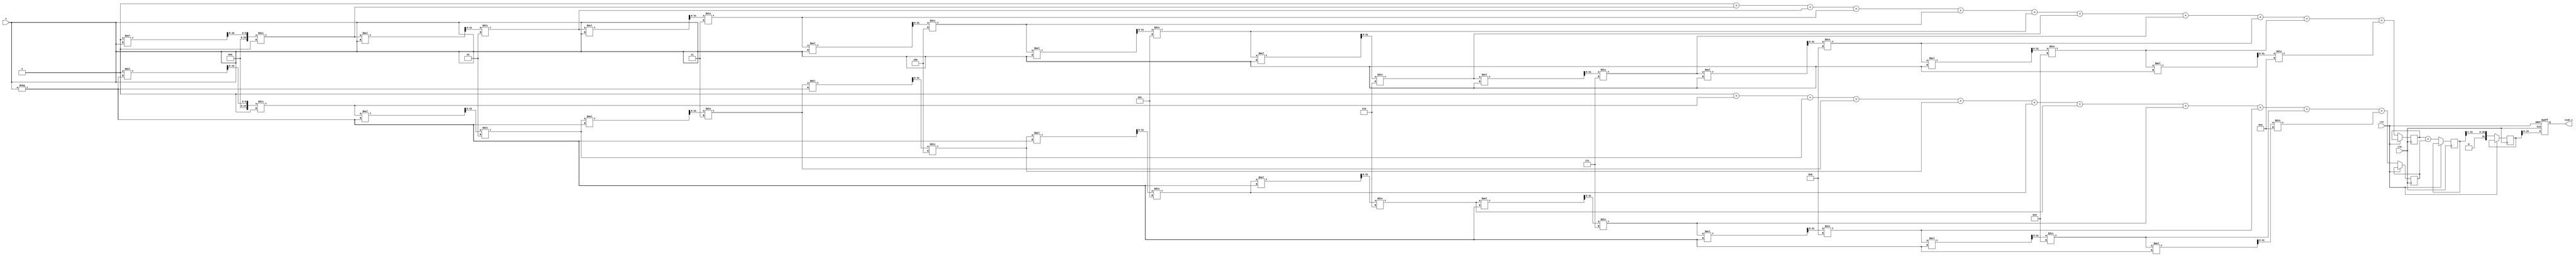
module hyperbolic_cosh (
    input wire [15:0] x,        // Fixed-point input (16-bit)
    output reg [15:0] cosh_x,   // Fixed-point output (16-bit)
    input wire clk,              // Clock signal
    input wire rst               // Reset signal
);

    // Parameters
    parameter FIXED_POINT_FRACTIONAL_BITS = 8; // Number of fractional bits
    parameter NUM_TERMS = 10; // Number of terms in Taylor series

    // Internal variables
    reg [31:0] exp_x;          // e^x
    reg [31:0] exp_neg_x;      // e^(-x)
    reg [31:0] sum;            // e^x + e^(-x)
    reg [31:0] half_sum;       // (e^x + e^(-x)) / 2
    integer i;

    // Function to calculate e^x using Taylor series
    function [31:0] exp_taylor;
        input [15:0] x;
        integer i;
        reg [31:0] term;
        reg [31:0] result;
        begin
            result = 32'h00000001; // e^0 = 1
            term = 32'h00000001;   // First term (x^0 / 0!)
            for (i = 1; i <= NUM_TERMS; i = i + 1) begin
                term = (term * x) >> FIXED_POINT_FRACTIONAL_BITS; // x^i / i!
                term = term / i; // Divide by i
                result = result + term; // Add term to result
            end
            exp_taylor = result;
        end
    endfunction

    // Sequential logic to compute cosh
    always @(posedge clk or posedge rst) begin
        if (rst) begin
            cosh_x <= 16'h0000; // Reset output
        end else begin
            // Calculate e^x and e^(-x)
            exp_x <= exp_taylor(x);
            exp_neg_x <= exp_taylor(-x);

            // Calculate cosh(x) = (e^x + e^(-x)) / 2
            sum <= exp_x + exp_neg_x;
            half_sum <= sum >> 1; // Divide by 2 using right shift
            cosh_x <= half_sum[15:0]; // Assign lower 16 bits to output
        end
    end

endmodule